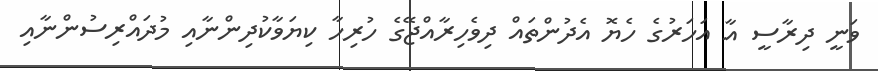
ވަނީ ދިރާސީ އާ އަހަރުގެ ހެޔޮ އެދުންތައް ދިވެހިރާއްޖޭގެ ހުރިހާ ކިޔަވާކުދިންނާއި މުދައްރިސުންނާއި